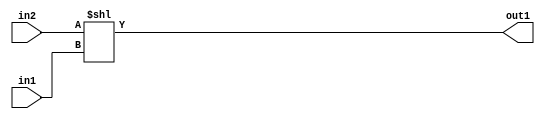
`timescale 1ps / 1ps
/*****************************************************************************
    Verilog RTL Description
    
    
    Created by: Stratus DpOpt 2019.1.01 
*******************************************************************************/

module fix2float_LeftShift_32Sx5U_32S_4_1 (
	in2,
	in1,
	out1
	); /* architecture "behavioural" */ 
input [31:0] in2;
input [4:0] in1;
output [31:0] out1;
wire [31:0] asc001;

assign asc001 = in2 << in1;

assign out1 = asc001;
endmodule

/* CADENCE  ubHzSQg= : u9/ySgnWtBlWxVPRXgAZ4Og= ** DO NOT EDIT THIS LINE ******/